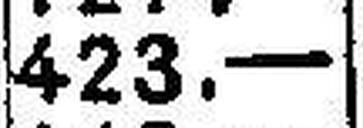
423.—